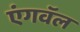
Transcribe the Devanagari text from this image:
एंगवॅल